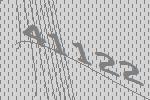
41122